Annual statistical returns and brief notes on vaccination in Bengal - 1909-1929
Year: 1909
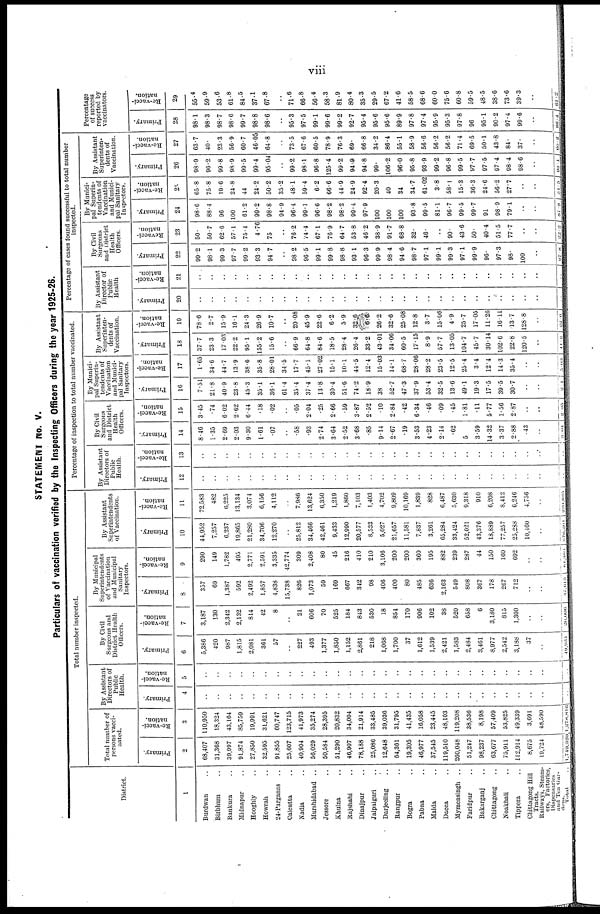
viii
STATEMENT No. V.
Particulars of vaccination verified by the Inspecting Officers during the year 1925-26.
District.
1
Burdwan ..
Birbhum ..
Bankura ..
Midnapur ..
Hooghly ..
Howrah ..
24-Parganas ..
Calcutta ..
Nadia ..
Murshidabad ..
Jessore ..
Khulna ..
Rajshahi ..
Dinajpur ..
Jalpaiguri ..
Darjeeling ..
Rangpur ..
Bogra ..
Pabna ..
Malda ..
Dacca ..
Mymensingh ..
Faridpur ..
Bakarganj ..
Chittagong ..
Noakhali ..
Tippera ..
Chittagong Hill
Tracts.
Railways, Steam-
ers, Factories,
Dispensaries
and Tea Gar-
dens.
Total ..
Total number inspected.
Total number of
persons vacci-
nated.
Primary.
2
68,407
31,368
39,997
91,874
27,850
32,595
91,855
25,607
40,904
56,029
50,584
51,290
46,907
78,188
25,086
12,648
64,361
19,305
46,977
37,545
119,510
260,048
51,247
98,237
63,677
75,911
112,914
8,675
19,724
1,749,320
Re-vacci-
nation.
3
110,950
18,324
43,164
85,759
19,991
31,621
60,747
123,715
41,973
35,274
28,395
20,832
34,004
21,914
33,485
39,036
31,795
41,435
16,058
23,445
48,103
119,208
38,536
8,198
57,409
53,825
49,339
3,691
48,590
1,278,816
By Assistant
Directors of
Public
Health.
Primary.
4
..
..
..
..
..
..
..
..
..
..
..
..
..
..
..
..
..
..
..
..
..
..
..
..
..
..
..
..
..
..
Re-vacci-
nation.
5
..
..
..
..
..
..
..
..
..
..
..
..
..
..
..
..
..
..
..
..
..
..
..
..
..
..
..
..
..
..
By Civil
Surgeons and
District Health
Officers.
Primary.
6
5,386
420
987
1,815
2,081
361
57
..
227
493
1,377
1,850
1,152
2,861
218
1,068
1,700
37
1,612
1,539
2,421
1,583
2,484
3,461
8,977
2,542
3,188
37
..
49,934
Re-vacci-
nation.
7
3,187
130
2,342
2,132
814
42
8
..
21
606
70
525
184
843
530
18
854
170
906
102
38
520
658
6
3,180
815
1,300
..
..
20,006
By Municipal
Superintendents
of Vaccination
and Municipal
Sanitary
Inspectors.
Primary.
8
357
69
1,387
592
2,492
1,857
4,838
15,738
826
1,073
59
169
667
342
98
406
400
80
485
636
2,163
549
808
367
178
267
712
..
..
37,615
Re-vacci-
nation.
9
290
149
1,782
495
2,771
2,591
3,335
42,774
309
2,408
80
45
216
410
210
3,106
200
200
360
195
882
239
287
44
150
160
692
..
..
64,389
By Assistant
Superintendents
of Vaccination.
Primary.
10
44,952
7,257
6,237
19,865
21,280
34,706
12,270
..
25,812
34,466
42,461
9,433
12,990
20,577
8,533
5,027
21,657
11,581
7,837
3,261
65,284
33,424
52,021
43,376
18,889
77,257
25,288
10,460
..
676,201
Re-vacci-
nation.
11
72,583
482
6,225
13,134
3,074
6,156
4,112
..
7,986
13,624
6,350
1,219
1,860
7,103
1,403
4,702
9,809
10,169
1,839
828
6,487
5,630
9,318
910
6,208
8,412
6,246
4,756
..
220,625
Percentage of inspection to total number vaccinated.
By Assistant
Directors of
Public
Health.
Primary.
12
..
..
..
..
..
..
..
..
..
..
..
..
..
..
..
..
..
..
..
..
..
..
..
..
..
..
..
..
..
..
Re-vacci-
nation.
13
..
..
..
..
..
..
..
..
..
..
..
..
..
..
..
..
..
..
..
..
..
..
..
..
..
..
..
..
..
..
By Civil
Surgeons
and District
Health
Officers.
Primary.
14
8.46
1.35
2.69
2.03
9.30
1.61
.07
..
.58
.93
2.74
3.64
2.52
3.68
.85
9.14
2.67
.19
3.53
4.23
2.14
.62
.5
3.59
14.32
3.37
2.88
.43
..
3.04
Re-vacci-
nation.
15
3.45
.74
6.02
2.62
6.44
.18
.02
..
.05
2.04
.25
2.66
.59
3.87
2.52
.10
2.84
.42
6.34
.46
.09
.45
1.81
.11
5.77
1.56
2.87
..
..
2.05
By Munici-
pal Superin-
tendents of
Vaccination
and Munici-
pal Sanitary
Inspectors.
Primary.
16
7.51
21.8
40.9
23.8
45.3
35.1
36.1
61.4
35.4
37.4
13.8
30.4
51.6
74.2
18.9
38
52.7
47.3
37.9
53.4
32.5
13.6
49.1
19.3
17.5
39.5
30.7
..
..
2.1
Re-vacci-
nation.
17
1.65
34.6
44.7
13.9
38.6
35.8
28.01
34.5
17.7
45.1
27.02
15.1
10.1
44.5
12.4
15.03
14.1
68.7
28.06
28.2
23.5
12.5
25.4
3.4
12.4
14.3
35.4
..
..
5. 03
By Assistant
Superinten-
dents of
Vaccination.
Primary.
18
37.7
23.3
17.93
22.2
95.1
155.2
15.6
..
66.9
64.8
84.6
18.5
28.4
26.4
33.2
43.01
34.06
60.5
17.15
8.9
57.7
13.05
104.7
45.7
30.14
102.6
22.8
120.5
..
41.2
Re-vacci-
nation.
19
78.6
2.7
15.9
16.1
24.3
26.9
10.7
..
20.08
45.9
22.6
6.2
5.9
32.6
6.6
26.2
32.6
25.08
12.8
3.7
15.06
4.9
25.7
17.05
11.26
16.11
13.7
128.8
..
22.6
Percentage of cases found successful to total number
inspected.
By Assistant
Director of
Public
Health
Primary.
20
..
..
..
..
..
..
..
..
..
..
..
..
..
..
..
..
..
..
..
..
..
..
..
..
..
..
..
..
..
..
Re-vacci-
nation.
21
..
..
..
..
..
..
..
..
..
..
..
..
..
..
..
..
..
..
..
..
..
..
..
..
..
..
..
..
..
..
By Civil
Surgeons
and District
Health
Officers.
Primary.
22
99.2
98.1
99.3
97.7
99.2
93.3
94.7
..
98.2
96.5
99.1
99.8
98.8
93.1
96.3
99.9
98.4
94.6
98.7
97.1
99.1
99.3
97.1
99.9
96.
97.3
98.
100
..
97.8
Revacci-
nation.
23
50.
50.7
62.6
57.1
75.4
4.76
75
..
70.2
74.4
67.1
76.9
64.7
53.8
46.2
38.9
91.7
68.8
32.
46.
..
90.
43.6
50.
40.4
51.5
77.7
..
..
22.2
By Munici-
pal Superin-
tendents of
Vaccination
and Munici-
pal Sanitary
Inspectors.
Primary.
24
98.6
88.4
96
100
61.2
99.2
98.8
94.9
96.4
99.1
96.6
98.2
98.2
99.4
97.9
100
100
100
93.8
99.5
81.1
96.7
99.5
99.7
91
98.9
79.1
..
..
87.8
Re-vacci-
nation.
25
65.8
75.8
19.6
24.8
44
24.2
50.2
35.2
48.1
59.4
6.2
66.6
44.9
24.9
92.4
20.3
40
34
34.7
61.02
3.8
58.1
15.3
36.3
24.6
56.2
27.7
..
..
34.5
By Assistant
Superinten-
dents of
Vaccination.
Primary.
26
98.9
96.2
99.8
98.9
99.5
99.4
95.04
..
99.2
98.1
96.8
125.4
99.2
94.9
94.8
99.
106.2
96.0
95.8
93.9
99.2
96.8
99.5
97.7
97.5
97.4
98.4
98.6
..
98.1
Re-vacci-
nation.
27
63.7
40.
23.3
56.9
60.7
46.05
64.8
..
73.5
67.6
60.5
78.9
76.3
69.
66.8
34.2
86.4
55.1
58.9
56.6
56.2
56.2
71.4
69.5
50.1
43.8
84.
37.
..
60.2
Percentage
of success
reported by
vaccinators.
Primary.
28
98.1
98.3
98.7
98.6
99.7
98.8
98.6
..
95.3
97.5
99.1
99.6
99.2
92.7
95.4
95.6
95.6
89.9
97.8
97.4
95.9
95.3
97.8
96
95.1
90.2
97.4
99.6
..
96.4
Re-vacci-
nation.
29
55.4
59.9
53.6
61.8
84.5
37.1
67.8
..
71.6
66.8
56.4
58.3
81.9
80.4
35.3
29.5
67.2
41.6
58.5
68.6
60.0
75.6
60.8
59.5
48.5
38.6
73.6
39.3
..
61.2